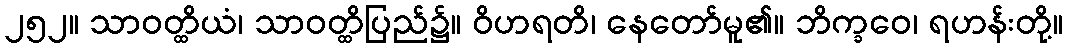
၂၅၂။ သာဝတ္ထိယံ၊ သာဝတ္ထိပြည်၌။ ဝိဟရတိ၊ နေတော်မူ၏။ ဘိက္ခဝေ၊ ရဟန်းတို့။